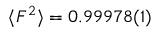
\langle F ^ { 2 } \rangle = 0 . 9 9 9 7 8 ( 1 )